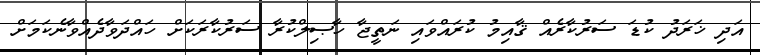
އަދި ޚަރަދު ކުޑަ ސަރުކާރެއް ޤާއިމު ކުރައްވައި ނަތީޖާ ހާޞިލްކުރާ ސަރުކާރަކަށް ހައްދަވާދެއްވާނެކަމަށް